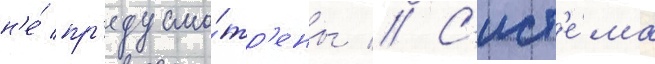
н'е́ пр'едусмо́тр'ены // С'ист'е́ма